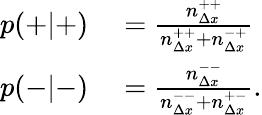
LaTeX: \begin{array}{rl}{p(+|+)}&{{}=\frac{n_{\Delta x}^{++}}{n_{\Delta x}^{++}+n_{\Delta x}^{-+}}}\\ {p(-|-)}&{{}=\frac{n_{\Delta x}^{--}}{n_{\Delta x}^{--}+n_{\Delta x}^{+-}}.}\end{array}